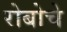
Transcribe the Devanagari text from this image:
रोबोचे